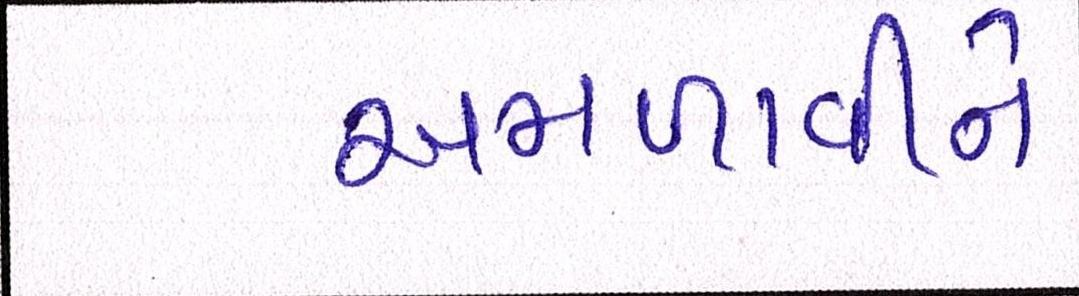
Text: અમળાવીને